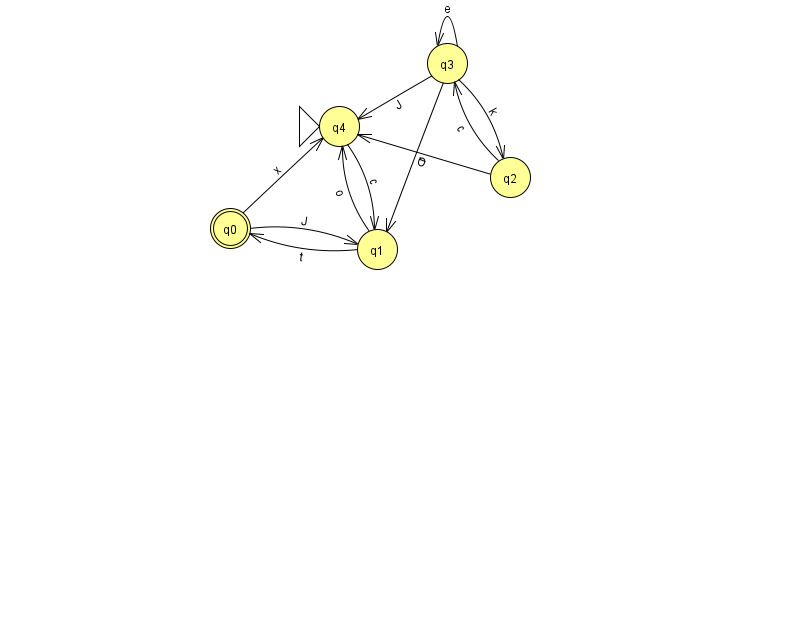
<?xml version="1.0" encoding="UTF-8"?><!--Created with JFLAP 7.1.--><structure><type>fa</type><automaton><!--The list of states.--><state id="0" name="q0"><x>230.0</x><y>215.0</y><final/></state><state id="1" name="q1"><x>377.0</x><y>236.0</y></state><state id="2" name="q2"><x>510.0</x><y>164.0</y></state><state id="3" name="q3"><x>447.0</x><y>50.0</y></state><state id="4" name="q4"><x>339.0</x><y>113.0</y><initial/></state><!--The list of transitions.--><transition><from>4</from><to>1</to><read>c</read></transition><transition><from>3</from><to>4</to><read>J</read></transition><transition><from>3</from><to>2</to><read>k</read></transition><transition><from>1</from><to>0</to><read>t</read></transition><transition><from>3</from><to>3</to><read>e</read></transition><transition><from>2</from><to>4</to><read>O</read></transition><transition><from>3</from><to>1</to><read>r</read></transition><transition><from>0</from><to>1</to><read>J</read></transition><transition><from>0</from><to>4</to><read>x</read></transition><transition><from>2</from><to>3</to><read>c</read></transition><transition><from>1</from><to>4</to><read>o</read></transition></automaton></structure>